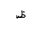
Letter: _za